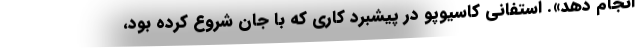
انجام دهد». استفانی کاسیوپو در پیشبرد کاری که با جان شروع کرده بود،